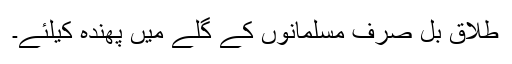
طلاق بل صرف مسلمانوں کے گلے میں پھندہ کیلئے۔